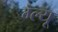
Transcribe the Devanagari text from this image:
ग्ल्यू